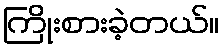
ကြိုးစားခဲ့တယ်။